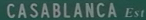
CASABLANCAEst